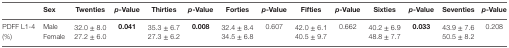
<table><thead><tr><td></td><td><b>Sex</b></td><td><b>Twenties</b></td><td><b><i>p</i>-Value</b></td><td><b>Thirties</b></td><td><b><i>p</i>-Value</b></td><td><b>Forties</b></td><td><b><i>p</i>-Value</b></td><td><b>Fifties</b></td><td><b><i>p</i>-Value</b></td><td><b>Sixties</b></td><td><b><i>p</i>-Value</b></td><td><b>Seventies</b></td><td><b><i>p</i>-Value</b></td></tr></thead><tbody><tr><td rowspan="2">PDFF L1-4(%)</td><td>Male</td><td>32.0 ± 8.0</td><td rowspan="2"><b>0.041</b></td><td>35.3 ± 6.7</td><td rowspan="2"><b>0.008</b></td><td>32.4 ± 8.4</td><td rowspan="2">0.607</td><td>42.0 ± 6.1</td><td rowspan="2">0.662</td><td>40.2 ± 6.9</td><td rowspan="2"><b>0.033</b></td><td>43.9 ± 7.6</td><td rowspan="2">0.208</td></tr><tr><td>Female</td><td>27.2 ± 6.0</td><td>27.3 ± 6.2</td><td>34.5 ± 6.8</td><td>40.5 ± 9.7</td><td>48.8 ± 7.7</td><td>50.5 ± 8.2</td></tr></tbody></table>